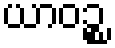
ယာဝဉ္စ